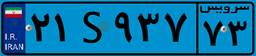
۷۴S۹۷۳۲۵